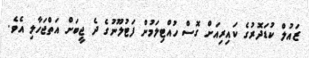
ޒައުލް ކުޑަދޮރުގެ ކައިރިއަށް ގޮސް ހުއްޓިލަމުން ފަޓުލޫނުގެ ދެ ޖީބަށް އަތްޖަހާލި އެވެ.